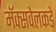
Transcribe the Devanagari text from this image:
मॅक्सवेलकडे